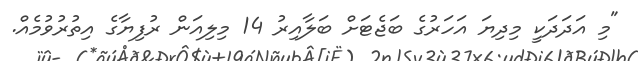
"މި އަދަދަކީ މިދިޔަ އަހަރުގެ ބަޖެޓަށް ބަލާއިރު 14 މިލިއަން ރުފިޔާގެ އިތުރުވުމެއް.